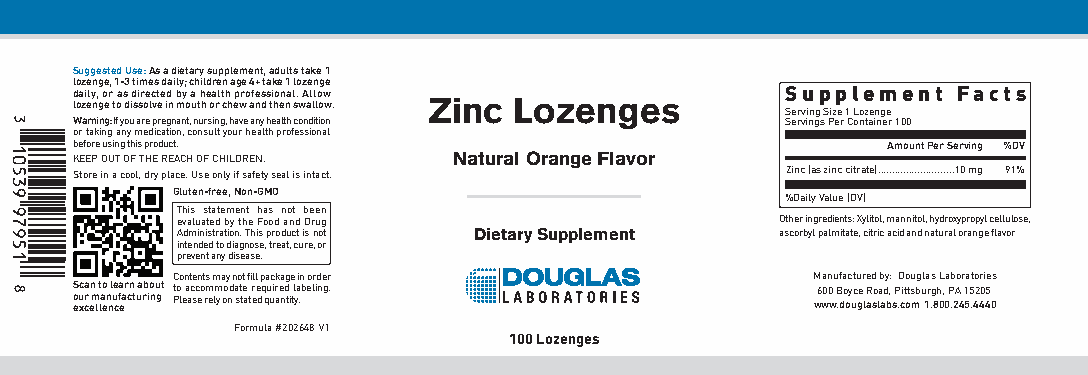
Suggested Use: As a dietary supplement, adults take 1
 lozenge, 1-3 times daily; children age 4+ take 1 lozenge
 daily, or as directed by a health professional. Allow Supplement Facts
 lozenge to dissolve in mouth or chew and then swallow. Zinc Lozenges
 Serving Size 1 Lozenge
 Warning: If you are pregnant, nursing, have any health condition Servings Per Container 100
 or taking any medication, consult your health professional
 before using this product.                            Amount Per Serving %DV
 KEEP OUT OF THE REACH OF CHILDREN. Natural Orange Flavor
 Store in a cool, dry place. Use only if safety seal is intact. Zinc (as zinc citrate)...........................10 mg 91%
 Gluten-free, Non-GMO
 %Daily Value (DV)
 This statement has not been
 evaluated by the Food and Drug          Other ingredients: Xylitol, mannitol, hydroxypropyl cellulose,
 Administration. This product is not Dietary Supplement ascorbyl palmitate, citric acid and natural orange flavor
 intended to diagnose, treat, cure, or
 prevent any disease.
 Contents may not fill package in order     Manufactured by: Douglas Laboratories
 eoS u xc ca r e n m l t la eo n n l ue cefa ar cn t ua rb io nu gt t Po l ea ac sc eo rm elm y oo nd a st te a tr ee dq qu uir ae nd ti tl ya .beling. w6 w00 w B .do oy uce g lR aso la ad b, sP .cit ots mb u 1r .g 8h 0, 0 P .2A 4 1 55 .42 405 4 0
 Formula #202648 V1
 100 Lozenges